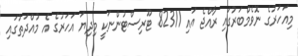
މިއަހަރުގެ ނޮވެމްބަރުގައި ރާއްޖެ އައި 82311 ޓޫރިސްޓުންނަކީ މިދިޔަ އަހަރުގެ އެ މުއްދަތުގައި